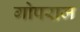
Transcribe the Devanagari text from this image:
गोपराज